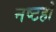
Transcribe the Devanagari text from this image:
नष्टहो